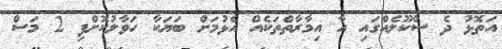
އަތޮޅު ދެ ސްކޫލެއްގައި އާ އިމާރާތްތަކެއް އެޅުމަށް ބަޔަކާ ހަވާލުކޮށްފި 2 މަސް